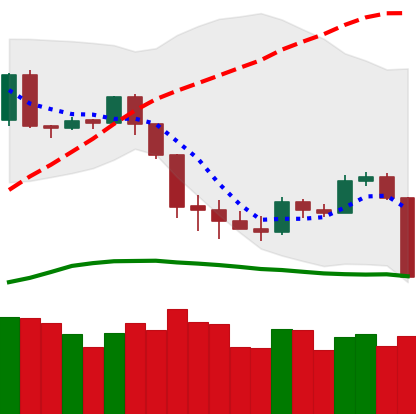
Ticker: BTC-USD
Chart end date: 2020-03-08
Forward return: -31.381%
Label: down_7plus